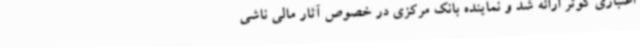
اعتباری کوثر ارائه شد و نماینده بانک مرکزی در خصوص آثار مالی ناشی